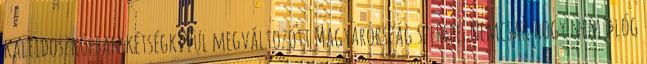
kaleidoszkópban kétségkívül megváltozott Magyarország szerepe. Nemcsak hogy nem »lóg